Bréfritari: Jakobína Jónsdóttir
Viðtakandi: Sólveig Jónsdóttir
Dagsetning: A-1881-09-18
Skrifað á: Bessastöðum  Gull.
systir bréfviðtakanda

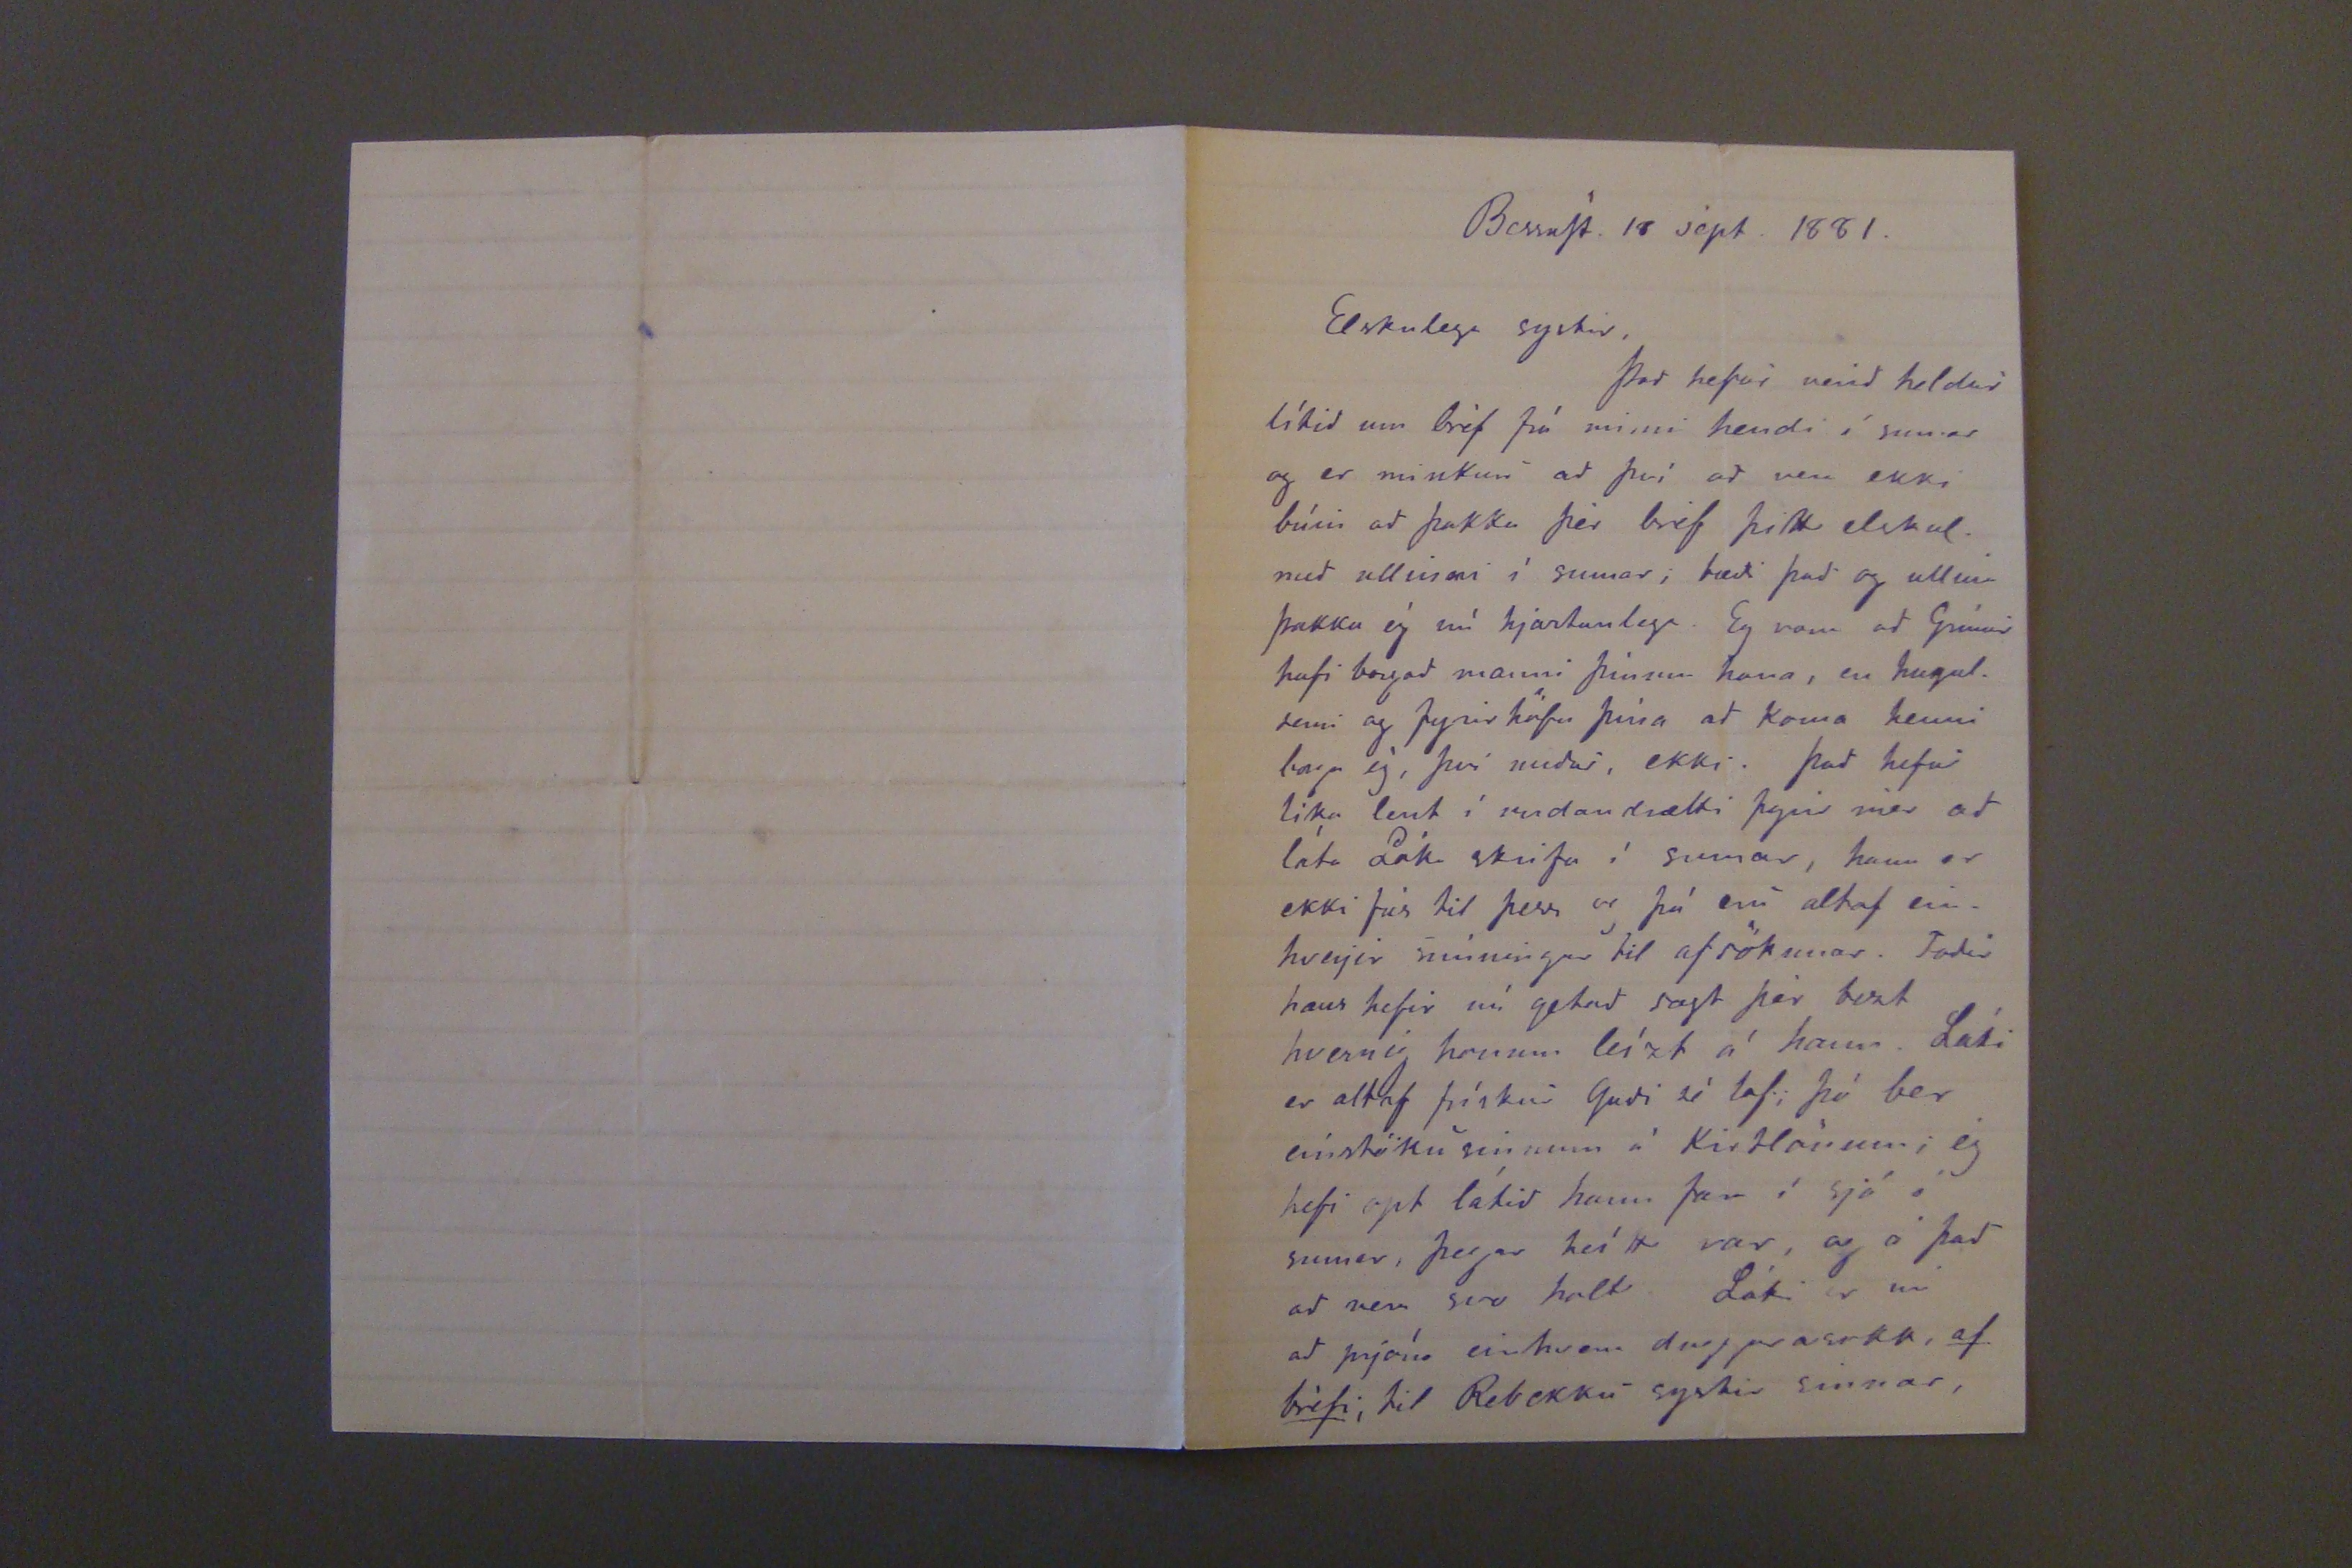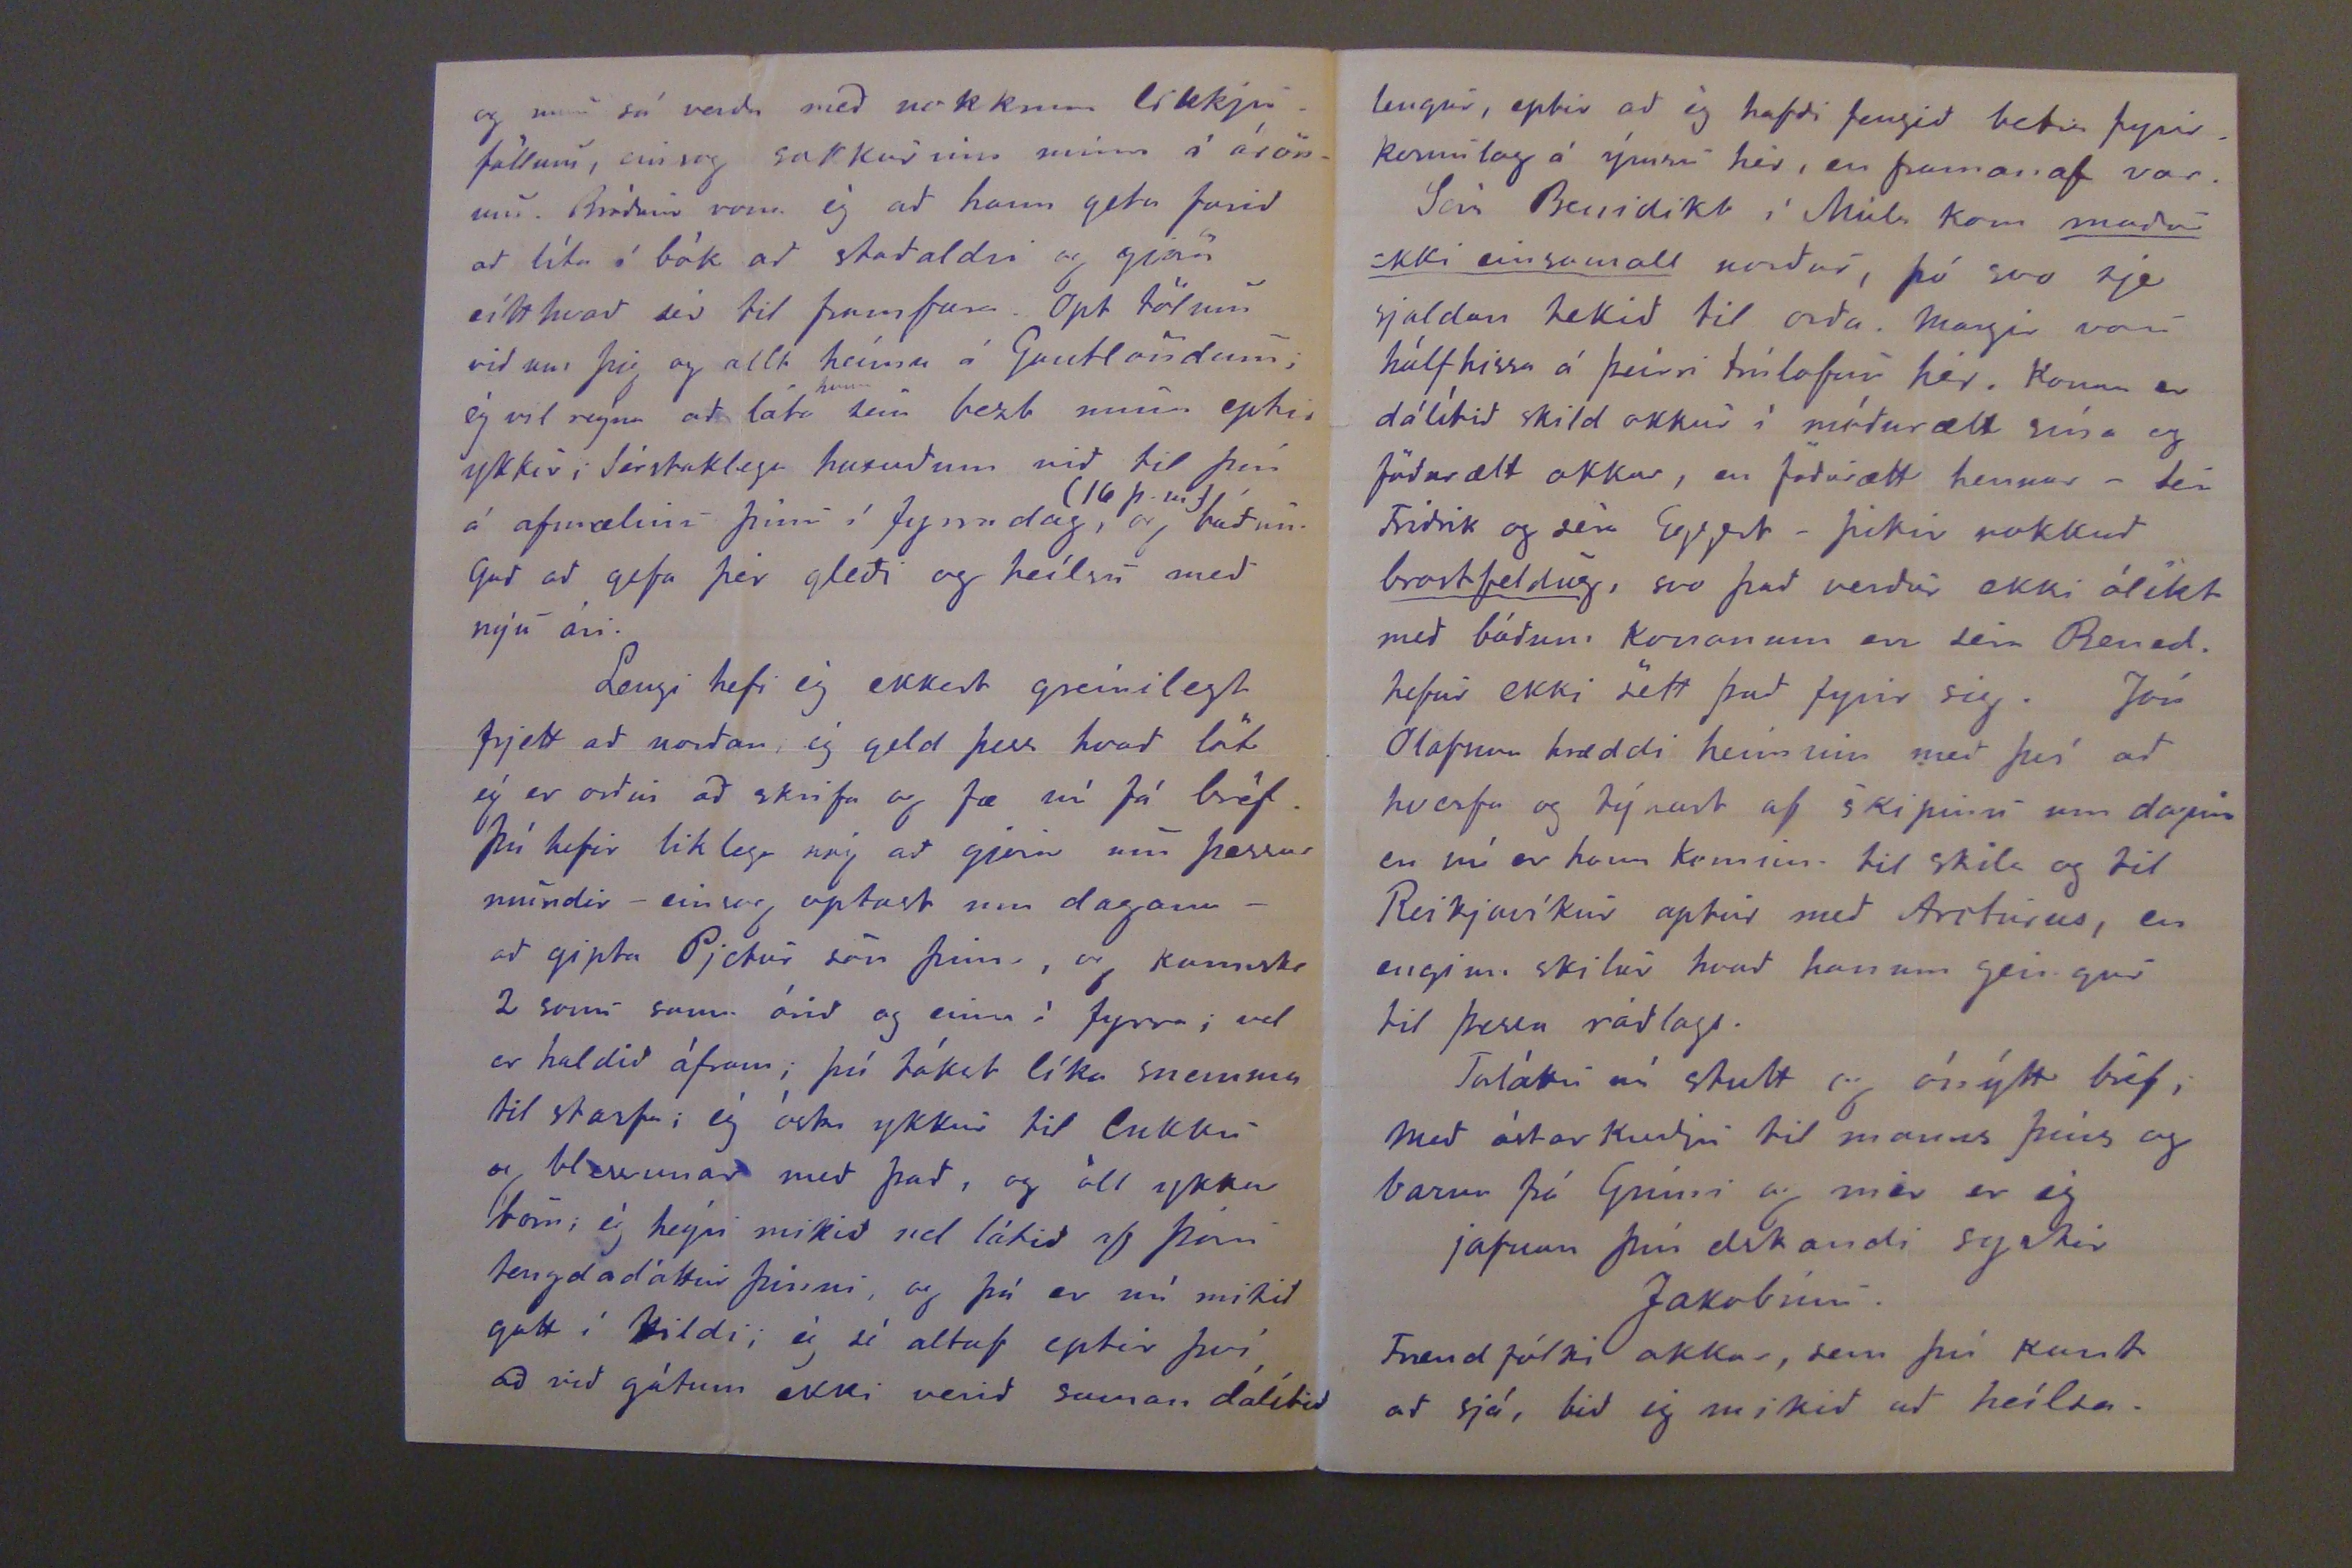

BessaSt. 18 sept 1881.
Elskulega systir.
Það hefur verið heldur lítið um bréf frá minni hendi í sumar og er minkun að því að vera ekki búin að þakka þér bréf þitt elskul. með ullinni í sumar; bæði það og ullina þakka ég nú hjartanlega. Eg vona að Grímur hafi borgað manni þínum hana, en hugulsemi og fyrirhöfn þína að koma henni borga ég, því miður, ekki. Það hefur lika lent í undandrætti fyrir mér að láta Láka skrifa í suamr, hann er ekki fús til þess og þáeru altaf einhverjir minningar til afsökunar. Faðir hans hefir nú getað sagt þér bezt hvernig honum leízt á hann. Láki er altaf frískur Guði sé lof, þó ber einstöku sinnum á Kirtlönum; ég hefi opt látið hann fara í sjó í sumar, þegar heítt var, og á það að vera svo halt Láki er nu að prjóna einhvern duggarasokk,
af bréfi
, til Rebekku systir sinnar,
og mun sá verða með nokkrum likkjuföllum, einsog sokkurinn minn á árönum. Bráðum vona ég að hann geta farið að líta á bók að staðaldri og gjöra eítthvað sér til framfara. Opt tölum við m þig og allt heíma á Gautlöndum; ég vil reyna að láta
hann
sem bezt muna eptir ykkur; Sérstaklega huxuðum við til þín á afmælinu þínu í fyrradag,
(16 þ.m.)
og báðum Guð að gefa þér gleði og heílsu með nýu ári.
Lengi hefi ég ekkert greínilegt frjett að norðan, ég geld þess hvað löt ég er orðin að skrifa og fæ nú fá bréf. Þú hefir liklega nóg að gjöra um þessar mundir -einsog optast um dagann- að gipta Pjetur son þinn, og kannske 2 sonu sama árið og einn í fyrra; vel er haldið áfram; þú tókst líka snemma til starf; ég óska ykkur til lukku og blessunar með það, og öll ykkar börn; ég heýri mikið vel látið af
Þóru
tengdadóttur þinni, og þá er nú mikið gott í gildi; ég sé altaf eptir því að við gátum ekki verið saman dálítið
lengur, eptir að ég hafði fengið betra fyrirkomulag á ýmsu hér, en framanaf var.
Jón Benidikt í Múla kom
maður ekki einsamall
norður, þó svo sje sjaldan tekið til orða. Margir voru hálfhissa á þeirri trúlofun hér. Konan er dálítið skild okkur í móðurætt sína og föðurætt okkar, en föðurætt hennar -Séra Friðrik og séra Eggert- þikir nokkuð
brostfeldug
, svo það verður ekki ólíkt með báðum konanum en séra Bened. hefur ekki sett það fyrir sig. Jón Olafur hræddi heiminn með því að hverfa og týnast af skipinu um daginn en nú er hann komin til skila og til Reikjavíkur aptur með Arcturus, en enginn skilur hvað honum geingur til þessa ráðlags.
Forláttu nú stutt og ónýtt bréf, Með ástarkveðju til manns þíns og barna þá Grími og mér er ég jafnan þín elskandi systir
Jakóbínu.
Frændfólki okkar, sem þú kant að sjá, bið ég mikið að heílsa.